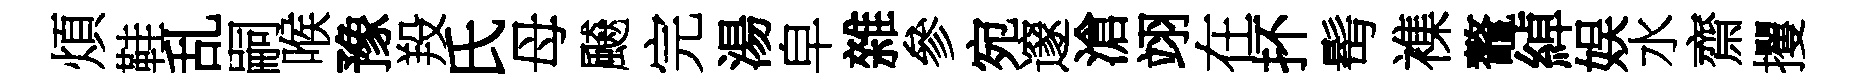
煩鞋乱嗣喉豫羖氏母飇完湯皁雜參宛邃滄翊在抔髩襍鼇綽娱水齋攫